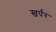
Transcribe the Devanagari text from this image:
खर्पर